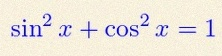
\sin^2x+\cos^2x=1